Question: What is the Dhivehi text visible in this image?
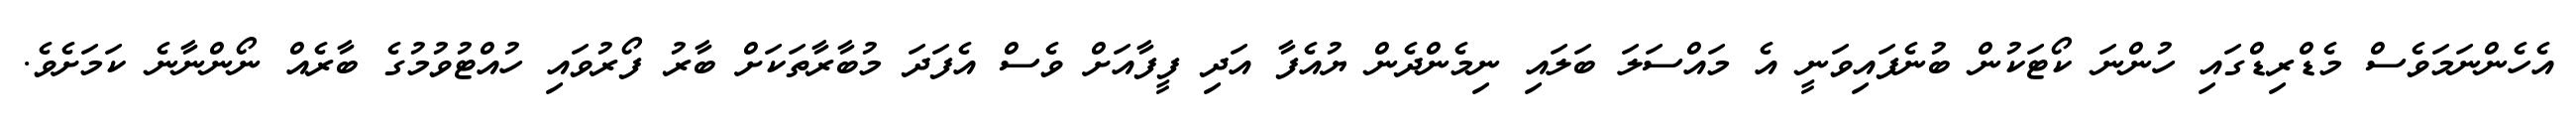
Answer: އެހެންނަމަވެސް މެޑްރިޑްގައި ހުންނަ ކޯޓަކުން ބުނެފައިވަނީ އެ މައްސަލަ ބަލައި ނިމެންދެން ޔުއެފާ އަދި ފީފާއަށް ވެސް އެފަދަ މުބާރާތަކަށް ބާރު ފޯރުވައި ހުއްޓުވުމުގެ ބާރެއް ނޯންނާނެ ކަމަށެވެ.